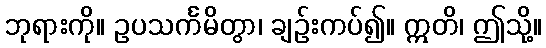
ဘုရားကို။ ဥပသင်္ကမိတွာ၊ ချဉ်းကပ်၍။ ဣတိ၊ ဤသို့။